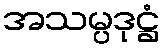
အသမ္ပဒုဋ္ဌံ